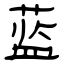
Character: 蓝